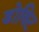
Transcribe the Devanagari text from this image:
डोविट